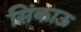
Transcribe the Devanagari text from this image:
सिंकाऊ